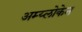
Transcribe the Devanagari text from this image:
अम्य्लोकेन